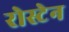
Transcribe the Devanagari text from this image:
रोस्टेन